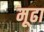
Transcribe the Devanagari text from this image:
मूढा